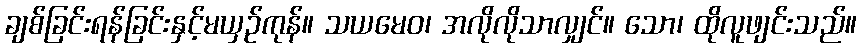
ချစ်ခြင်းရန်ခြင်းနှင့်မယှဉ်ကုန်။ သယမေဝ၊ အလိုလိုသာလျှင်။ သော၊ ထိုလူဖျင်းသည်။